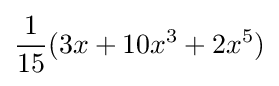
{\frac {1}{15}}(3x+10x^{3}+2x^{5})